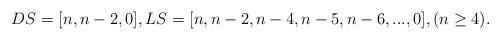
LaTeX: \begin{align*} DS=[n,n-2,0],LS=[n,n-2,n-4,n-5,n-6,...,0],(n\geq4).\end{align*}